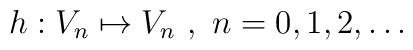
h: V_n \mapsto V_n\ , \ n=0,1,2,\ldots